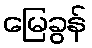
မြေခွန်